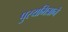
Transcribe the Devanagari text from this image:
पुस्यमित्राने